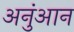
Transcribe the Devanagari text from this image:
अनुंआन